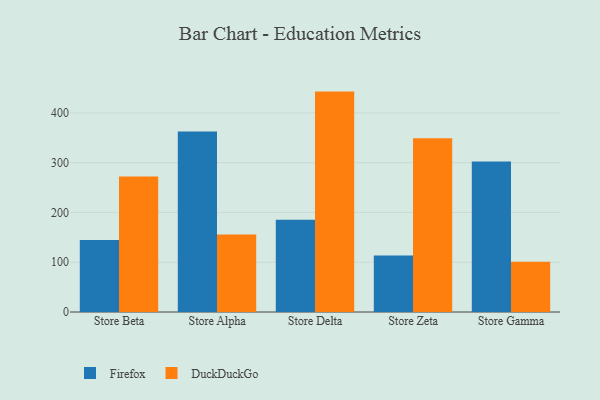
{"axis": {"x": "Store", "y": "Conversion Rate (%)"}, "legend": ["DuckDuckGo", "Firefox"], "data": [{"x": "Store Beta", "y": 144.6, "type": "Firefox"}, {"x": "Store Beta", "y": 272.0, "type": "DuckDuckGo"}, {"x": "Store Alpha", "y": 362.6, "type": "Firefox"}, {"x": "Store Alpha", "y": 155.7, "type": "DuckDuckGo"}, {"x": "Store Delta", "y": 185.3, "type": "Firefox"}, {"x": "Store Delta", "y": 442.8, "type": "DuckDuckGo"}, {"x": "Store Zeta", "y": 113.5, "type": "Firefox"}, {"x": "Store Zeta", "y": 348.9, "type": "DuckDuckGo"}, {"x": "Store Gamma", "y": 302.2, "type": "Firefox"}, {"x": "Store Gamma", "y": 100.8, "type": "DuckDuckGo"}]}